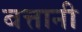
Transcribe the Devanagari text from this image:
बत्तानी